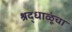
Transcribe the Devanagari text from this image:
श्रद्धाळूंचा